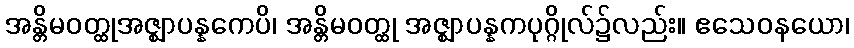
အန္တိမဝတ္ထုအဇ္ဈာပန္နကေပိ၊ အန္တိမဝတ္ထု အဇ္ဈာပန္နကပုဂ္ဂိုလ်၌လည်း။ ဧသေဝနယော၊